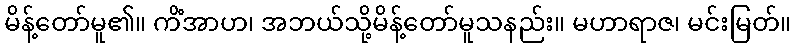
မိန့်တော်မူ၏။ ကိံအာဟ၊ အဘယ်သို့မိန့်တော်မူသနည်း။ မဟာရာဇ၊ မင်းမြတ်။